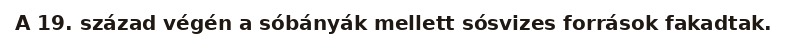
A 19. század végén a sóbányák mellett sósvizes források fakadtak.